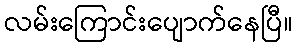
လမ်းကြောင်းပျောက်နေပြီ။